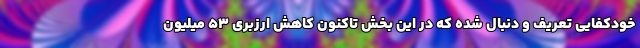
خودکفایی تعریف و دنبال شده که در این بخش تاکنون کاهش ارزبری ۵۳ میلیون